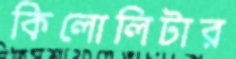
কিলোলিটার